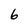
Character: 6